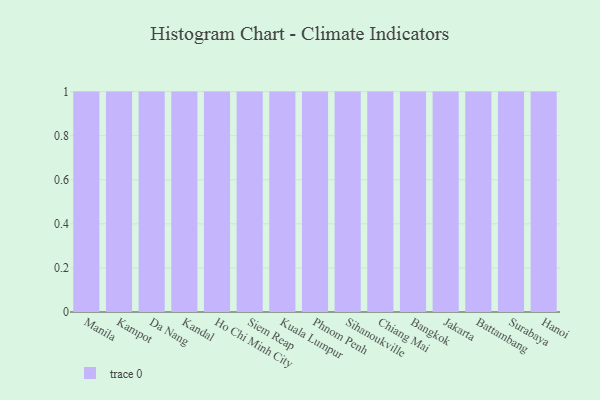
{"axis": {"x": "City", "y": "Headcount"}, "legend": [""], "data": [{"x": "Manila", "y": 61, "type": ""}, {"x": "Kampot", "y": 34, "type": ""}, {"x": "Da Nang", "y": 7, "type": ""}, {"x": "Kandal", "y": 44, "type": ""}, {"x": "Ho Chi Minh City", "y": 29, "type": ""}, {"x": "Siem Reap", "y": 73, "type": ""}, {"x": "Kuala Lumpur", "y": 70, "type": ""}, {"x": "Phnom Penh", "y": 55, "type": ""}, {"x": "Sihanoukville", "y": 36, "type": ""}, {"x": "Chiang Mai", "y": 30, "type": ""}, {"x": "Bangkok", "y": 79, "type": ""}, {"x": "Jakarta", "y": 76, "type": ""}, {"x": "Battambang", "y": 87, "type": ""}, {"x": "Surabaya", "y": 53, "type": ""}, {"x": "Hanoi", "y": 2, "type": ""}]}